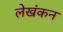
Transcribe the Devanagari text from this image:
लेखंकन